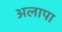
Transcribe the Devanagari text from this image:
अलापा